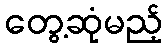
တွေ့ဆုံမည့်